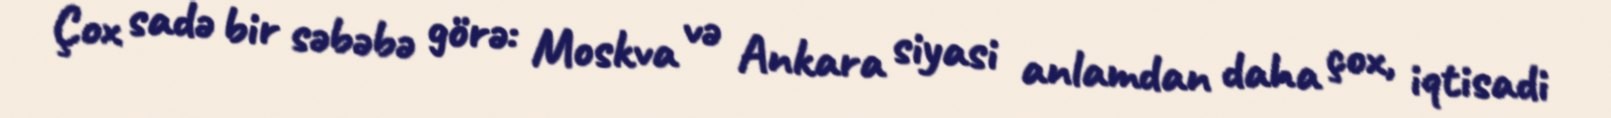
Çox sadə bir səbəbə görə: Moskva və Ankara siyasi anlamdan daha çox, iqtisadi